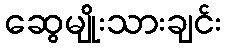
ဆွေမျိုးသားချင်း